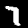
Label: 7